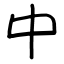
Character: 中